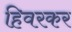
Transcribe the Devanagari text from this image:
हिवरकर